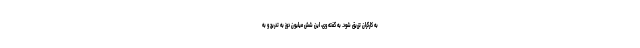
به کارگران تزریق شود. به گفته وی، این شش میلیون دوز به تدریج و به